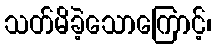
သတ်မိခဲ့သောကြောင့်၊